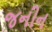
જનીન